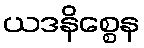
ယဒနိစ္စေန